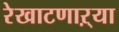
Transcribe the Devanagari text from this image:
रेखाटणाऱ्या